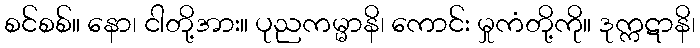
စင်စစ်။ နော၊ ငါတို့အား။ ပုညကမ္မာနိ၊ ကောင်း မှုကံတို့ကို။ ဒုက္ကဋာနိ၊